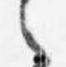
之